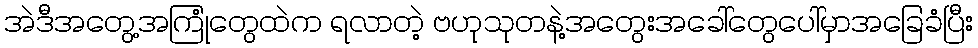
အဲဒီအတွေ့အကြုံတွေထဲက ရလာတဲ့ ဗဟုသုတနဲ့အတွေးအခေါ်တွေပေါ်မှာအခြေခံပြီး